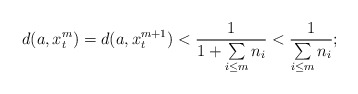
\begin{align*}d(a,x_t^{m})=d(a,x_t^{m+1})<\frac{1}{1+\sum\limits_{i\le m} n_i}<\frac{1}{\sum\limits_{i\le m} n_i};\end{align*}